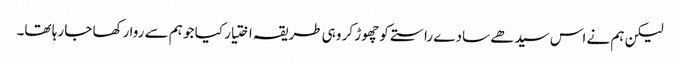
لیکن ہم نے اس سیدھے سادے راستے کو چھوڑ کر وہی طریقہ اختیار کیا جو ہم سے روا رکھا جا رہا تھا۔